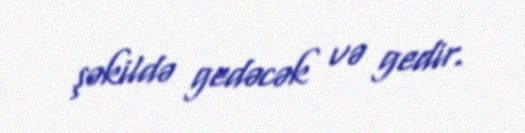
şəkildə gedəcək və gedir.